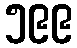
၅၉၉